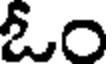
ఓం